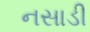
નસાડી